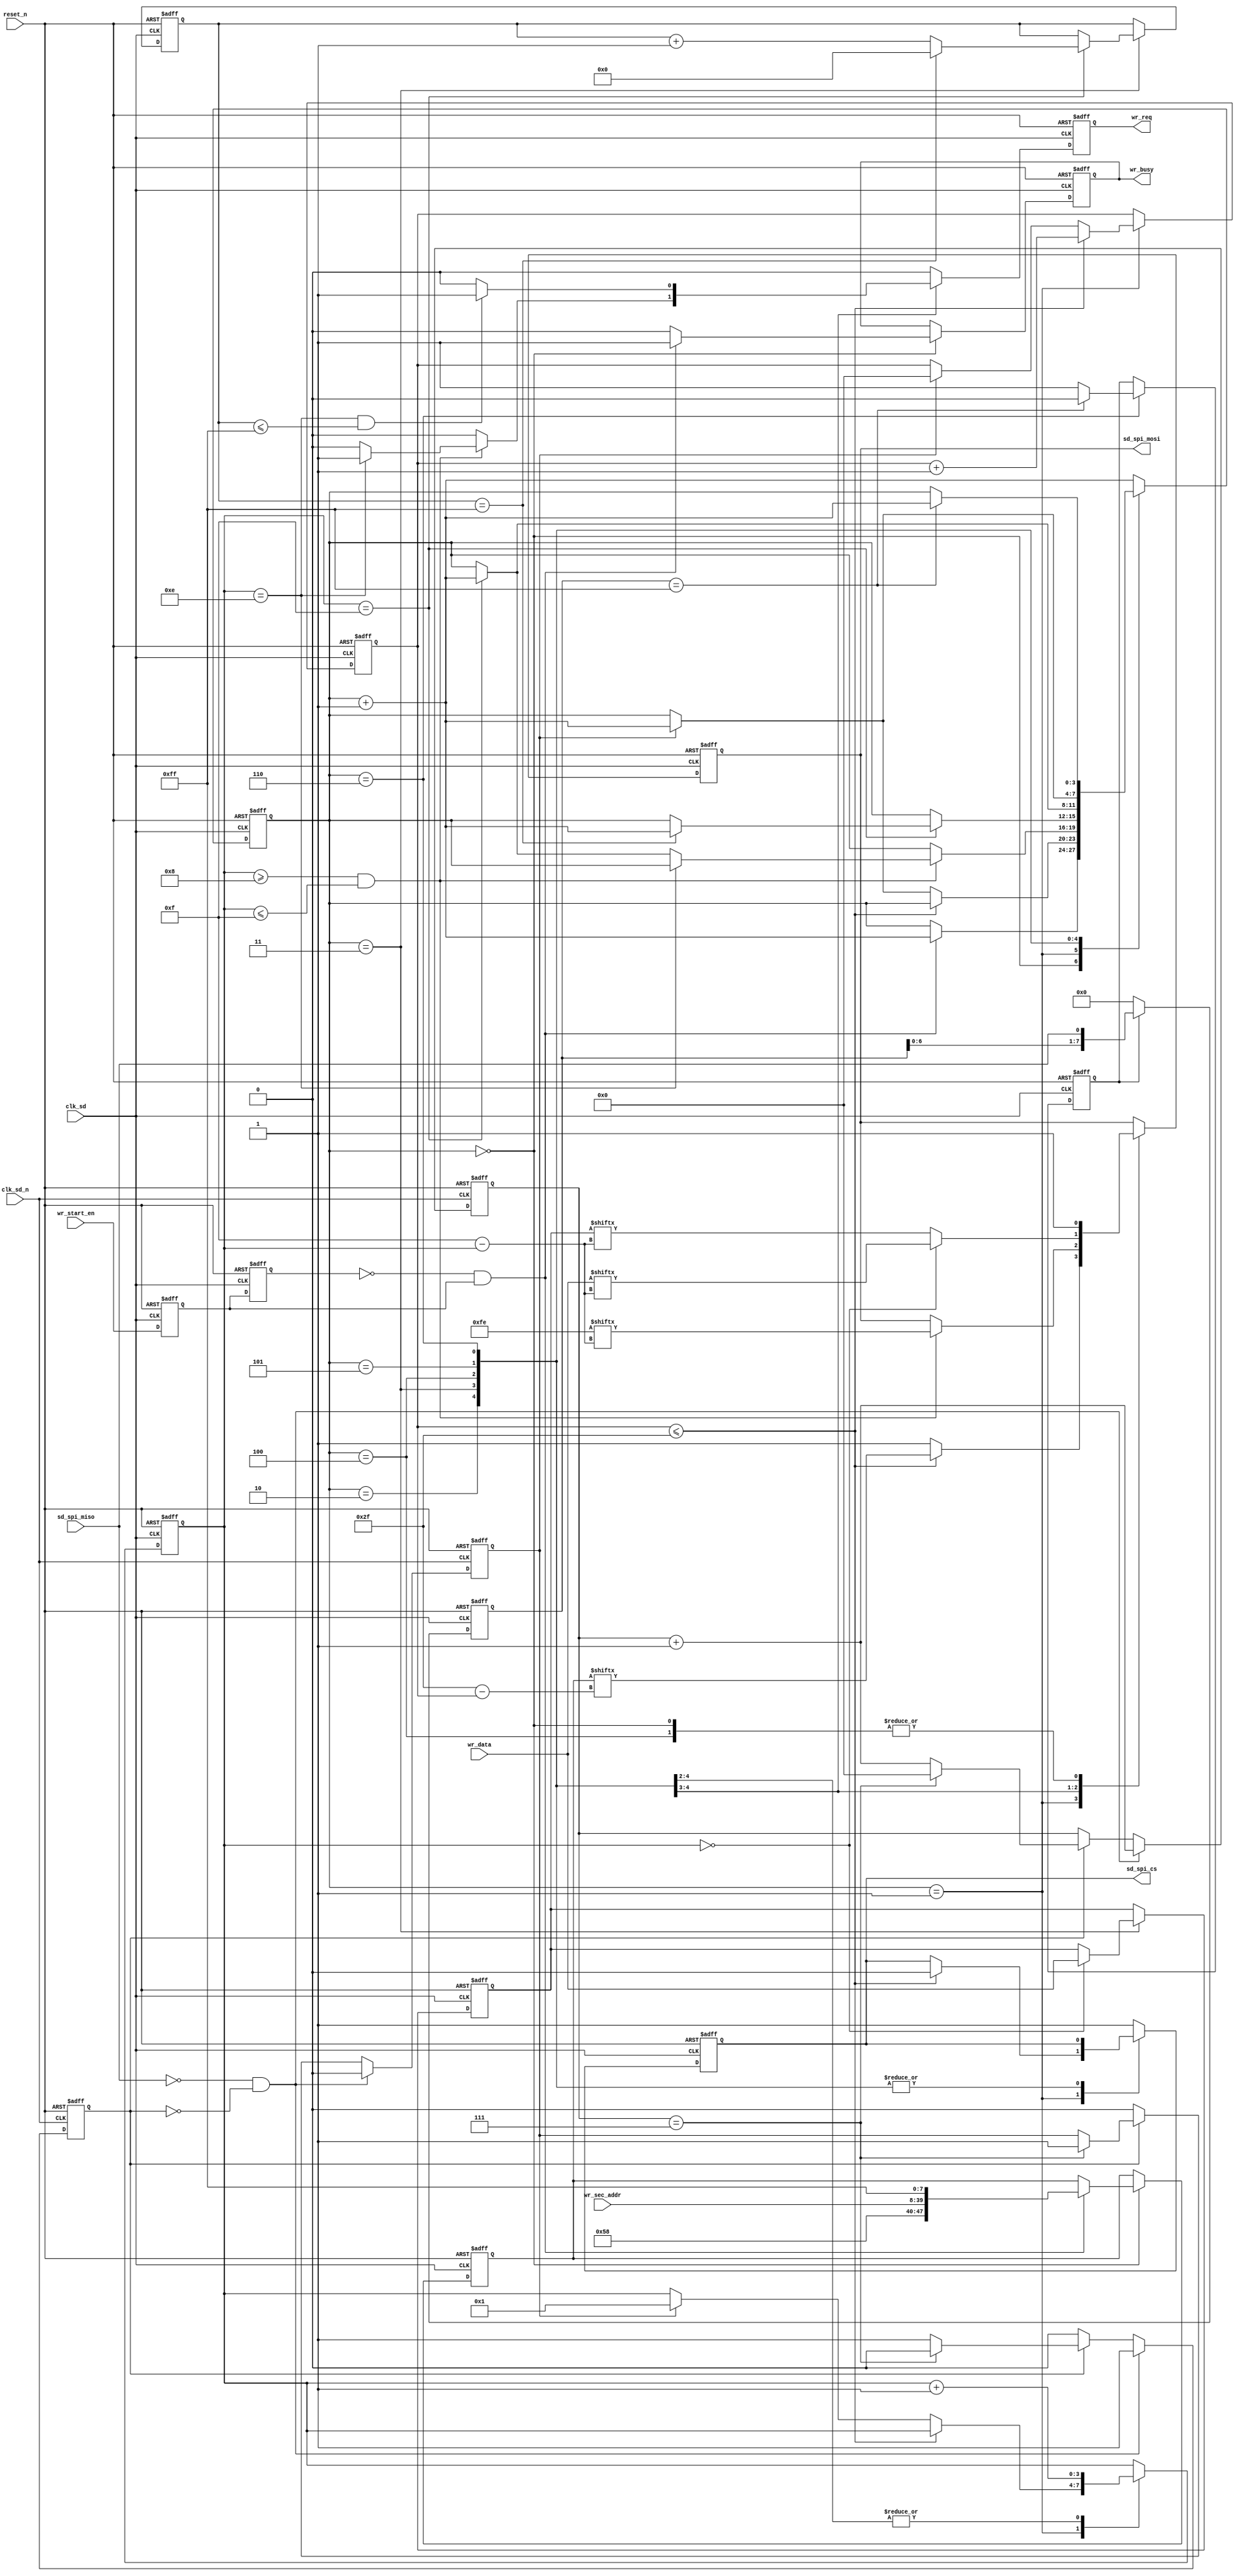
module sd_spi_write(
    input wire          clk_sd      ,
    input wire          clk_sd_n    ,
    input wire          reset_n     ,
    /*  SPI  */
    input wire          sd_spi_miso ,
    output reg          sd_spi_cs   ,
    output reg          sd_spi_mosi ,
    /*  Write  */
    input wire          wr_start_en ,
    input wire  [31:0]  wr_sec_addr ,
    input wire  [15:0]  wr_data     ,
    output reg          wr_busy     ,
    output reg          wr_req
);

    parameter WRITE_SECTOR_START_BYTE = 8'hFE;

    reg             wr_en_delay0;
    reg             wr_en_delay1;
    wire            pos_wr_en;

    // respond data
    reg             res_en;
    reg     [7:0]   res_data;
    reg             res_flag;
    reg     [5:0]   res_wr_bit_cnt;
    // command
    reg     [3:0]   wr_fsm_state;
    reg     [47:0]  cmd_wr;
    reg     [5:0]   cmd_wr_bit_cnt;

    // write
    reg     [3:0]   wr_bit_cnt;
    reg     [8:0]   wr_data_cnt;
    reg     [15:0]  wr_data_buf;

    reg             detect_done_flag;
    reg     [7:0]   detect_data;

    assign pos_wr_en = ( ~wr_en_delay1 ) & wr_en_delay0;

    // wr_start_en
    always @(posedge clk_sd or negedge reset_n)
    begin
        if(!reset_n)
        begin
            wr_en_delay0 <= 1'b0;
            wr_en_delay1 <= 1'b0;
        end
        else
        begin
            wr_en_delay0 <= wr_start_en;
            wr_en_delay1 <= wr_en_delay0;
        end
    end

    // receive respond data
    always @(posedge clk_sd_n or negedge reset_n)
    begin
        if(!reset_n)
        begin
            res_en <= 1'b0;
            res_data <= 8'd0;
            res_flag <= 1'b0;
            res_wr_bit_cnt <= 6'd0;
        end
        else
        begin
            // miso = 0, first bit
            if(sd_spi_miso == 1'b0 && res_flag == 1'b0)
            begin
                res_flag <= 1'b1;
                res_data <= {res_data[6:0], sd_spi_miso};
                res_wr_bit_cnt <= res_wr_bit_cnt + 6'd1;
                res_en <= 1'b0;
            end
            else if(res_flag)
            begin
                res_data <= {res_data[6:0], sd_spi_miso};
                res_wr_bit_cnt <= res_wr_bit_cnt + 6'd1;
                if(res_wr_bit_cnt == 6'd7)
                begin
                    res_flag <= 1'b0;
                    res_wr_bit_cnt <= 6'd0;
                    res_en <= 1'b1;
                end
            end
            else
                res_en <= 1'b0;
        end
    end

    // detect if sd is busy
    always @(posedge clk_sd or negedge reset_n) begin
        if(!reset_n)
            detect_data <= 8'd0;
        else if(detect_done_flag)
            detect_data <= {detect_data[6:0], sd_spi_miso};
        else
            detect_data <= 8'd0;
    end

    // write data
    always @(posedge clk_sd or negedge reset_n)
    begin
        if(!reset_n)
        begin
            sd_spi_cs <= 1'b1;
            sd_spi_mosi <= 1'b1;
            wr_fsm_state <= 4'd0;
            wr_busy <= 1'b0;
            cmd_wr <= 48'd0;
            cmd_wr_bit_cnt <= 6'd0;
            wr_bit_cnt <= 4'd0;
            wr_data_buf <= 16'd0;
            wr_data_cnt <= 9'd0;
            wr_req <= 1'b0;
            detect_done_flag <= 1'b0;
        end
        else
        begin
            wr_req <= 1'b0;
            case (wr_fsm_state)
                4'd0:   // prepare for send command
                begin
                    wr_busy <= 1'b0;
                    sd_spi_cs <= 1'b1;
                    sd_spi_mosi <= 1'b1;
                    if(pos_wr_en)
                    begin
                        // begin
                        cmd_wr <= {8'h58, wr_sec_addr, 8'hff};  // CMD24
                        wr_fsm_state <= wr_fsm_state + 4'd1;
                        wr_busy <= 1'b1;
                    end
                end
                4'd1:   // send command
                begin
                    if(cmd_wr_bit_cnt <= 6'd47)
                    begin
                        cmd_wr_bit_cnt <= cmd_wr_bit_cnt + 6'd1;
                        sd_spi_cs <= 1'b0;
                        sd_spi_mosi <= cmd_wr[6'd47 - cmd_wr_bit_cnt];
                    end
                    else
                    begin
                        sd_spi_mosi <= 1'b1;
                        if(res_en)
                        begin
                            cmd_wr_bit_cnt <= 6'd0;
                            wr_bit_cnt <= 4'd1;
                            wr_fsm_state <= wr_fsm_state + 4'd1;
                        end
                    end
                end
                4'd2:   // nop and request data to write
                begin
                    wr_bit_cnt <= wr_bit_cnt + 4'd1;
                    if(wr_bit_cnt >= 4'd8 && wr_bit_cnt <= 4'd15)
                    begin
                        sd_spi_mosi <= WRITE_SECTOR_START_BYTE[4'd15-wr_bit_cnt];
                        if(wr_bit_cnt == 4'd14)
                            wr_req <= 1'b1;
                        else if(wr_bit_cnt == 4'd15)
                            wr_fsm_state <= wr_fsm_state + 4'd1;
                    end
                end
                4'd3:   // write sector
                begin
                    wr_bit_cnt <= wr_bit_cnt + 4'd1;
                    if(wr_bit_cnt == 4'd0)
                    begin
                        sd_spi_mosi <= wr_data[4'd15-wr_bit_cnt];
                        wr_data_buf <= wr_data;
                    end
                    else
                        sd_spi_mosi <= wr_data_buf[4'd15-wr_bit_cnt];

                    if((wr_bit_cnt == 4'd14) && (wr_data_cnt <= 9'd255))
                        wr_req <= 1'b1;     //???

                    if(wr_bit_cnt == 4'd15)
                    begin
                        wr_data_cnt <= wr_data_cnt + 9'd1;
                        if(wr_data_cnt == 9'd255)
                        begin
                            wr_data_cnt <= 9'd0;
                            wr_fsm_state <= wr_fsm_state + 4'd1;
                        end
                    end
                end
                4'd4:   // 16bit CRC (unchecked)
                begin
                    wr_bit_cnt <= wr_bit_cnt + 4'd1;
                    sd_spi_mosi <= 1'b1;
                    if(wr_bit_cnt == 4'd15)
                        wr_fsm_state <= wr_fsm_state + 4'd1; 
                end
                4'd5:   // get respond
                begin
                    if(res_en)
                        wr_fsm_state <= wr_fsm_state + 4'd1;
                end
                4'd6:   // wait for write busy
                begin
                    detect_done_flag <= 1'b1;
                    if(detect_data == 8'hff)
                    begin
                        wr_fsm_state <= wr_fsm_state + 4'd1;
                        detect_done_flag <= 1'b0;
                    end
                end
                default:    // cs=1, wait 8 clk
                begin
                    sd_spi_cs <= 1'b1;
                    wr_fsm_state <= wr_fsm_state + 4'd1;
                end 
            endcase
        end
    end

endmodule // sd_spi_write